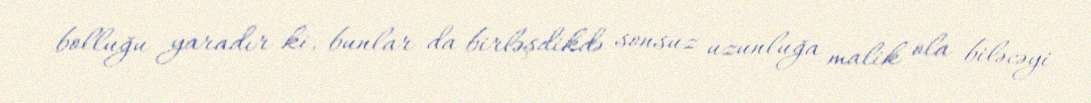
bolluğu yaradır ki, bunlar da birləşdikdə sonsuz uzunluğa malik ola biləcəyi